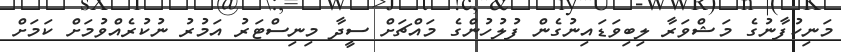
މަނިކުފާނުގެ މަޝްވަރާ ލިބިވަޑައިނުގެން ފުލުހުންގެ މައްޗަށް ސީދާ މިނިސްޓަރު އަމުރު ނުކުރެއްވުމަށް ކަމަށް